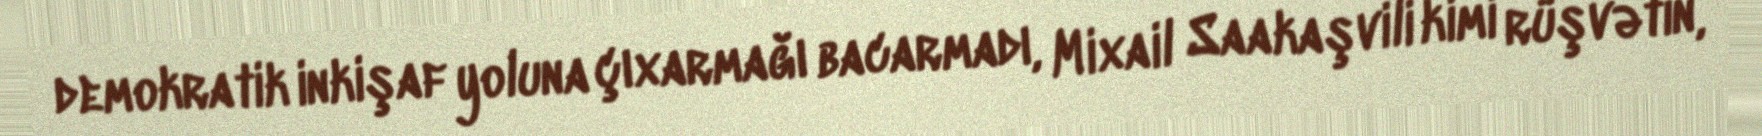
demokratik inkişaf yoluna çıxarmağı bacarmadı, Mixail Saakaşvili kimi rüşvətin,